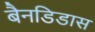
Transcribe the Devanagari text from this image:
बैनडिडास